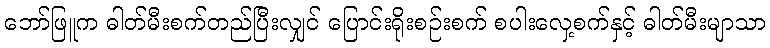
ဘော်ဖြူက ဓါတ်မီးစက်တည်ပြီးလျှင် ပြောင်းရိုးစဉ်းစက် စပါးလှေ့စက်နှင့် ဓါတ်မီးမျာသာ